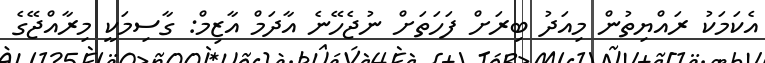
އެކަމަކު ރައްޔިތުން މިއަދު ބިރަށް ފަހަތަށް ނުޖެހޭނެ އާދަމް އާޒިމް: ގާސިމަކީ މިރާއްޖޭގެ